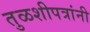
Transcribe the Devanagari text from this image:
तुळशीपत्रांनी